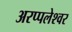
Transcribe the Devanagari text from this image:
अरप्पलेश्वर